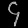
Digit: ၄